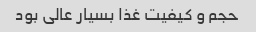
حجم و کیفیت غذا بسیار عالی بود